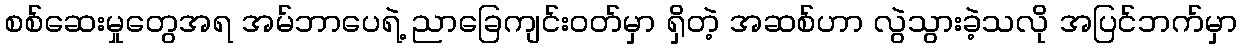
စစ်ဆေးမှုတွေအရ အမ်ဘာပေရဲ့ ညာခြေကျင်းဝတ်မှာ ရှိတဲ့ အဆစ်ဟာ လွဲသွားခဲ့သလို အပြင်ဘက်မှာ